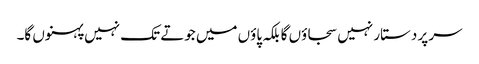
سر پر دستار نہیں سجاؤں گا بلکہ پاؤں میں جوتے تک نہیں پہنوں گا۔